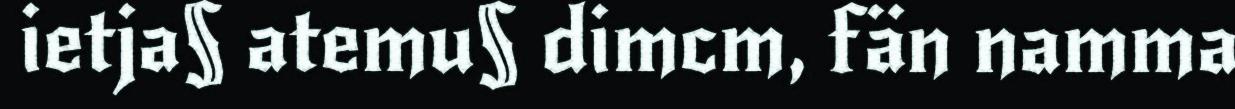
ietja§ atemu§ dimcm, fän namma